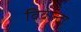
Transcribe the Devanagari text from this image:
विवान्टा